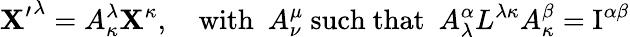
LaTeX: {\mathbf{X}^{\prime}}^{\lambda}=A_{\kappa}^{\lambda}\mathbf{X}^{\kappa},\quad\mathrm{{with}}\ \ A_{\nu}^{\mu}\ \mathrm{{such\ that}}\ \ A_{\lambda}^{\alpha}L^{\lambda\kappa}A_{\kappa}^{\beta}=\mathrm{{I}}^{\alpha\beta}